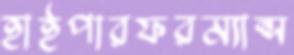
হাইপারফরম্যান্স